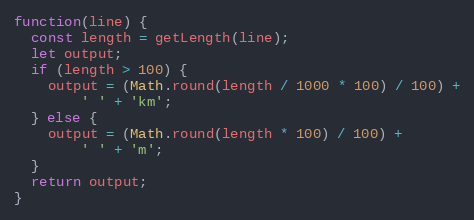
Language: JavaScript
function(line) {
  const length = getLength(line);
  let output;
  if (length > 100) {
    output = (Math.round(length / 1000 * 100) / 100) +
        ' ' + 'km';
  } else {
    output = (Math.round(length * 100) / 100) +
        ' ' + 'm';
  }
  return output;
}